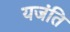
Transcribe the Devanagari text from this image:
यजंति